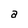
Character: a